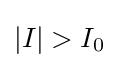
\left|I\right|>I_{0}